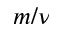
m / \nu